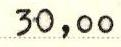
30,00